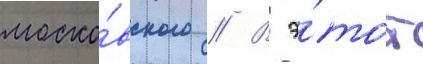
моско́вского // В э́тот